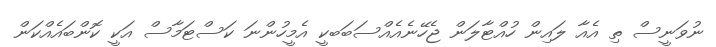
ނުވަނީސް ތި އެއާ ލައިން ހުއްޓާލަން ޖެހޭނެއެއްސަބަބކީ އެމީހުންނަ ކަސްޓަމާސް އަކީ ކޮންބައެއްކަން